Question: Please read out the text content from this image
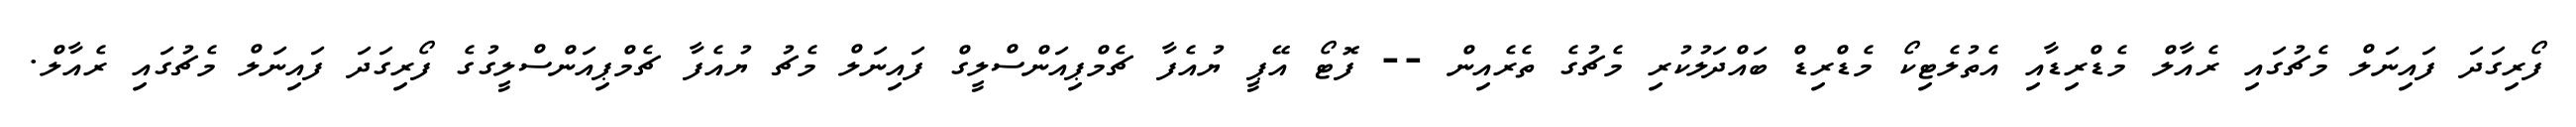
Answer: ފޯރިގަދަ ފައިނަލް މެޗުގައި ރެއާލް މެޑްރިޑާއި އެތުލެޓިކޯ މެޑްރިޑް ބައްދަލުކުރި މެޗުގެ ތެރެއިން -- ފޮޓޯ އޭޕީ ޔުއެފާ ޗެމްޕިއަންސްލީގް ފައިނަލް މެޗު ޔުއެފާ ޗެމްޕިއަންސްލީގުގެ ފޯރިގަދަ ފައިނަލް މެޗުގައި ރެއާލް.